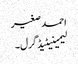
احمد صغیر
لیمینیٹیڈ گرل۔